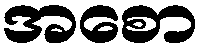
အစော